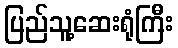
ပြည်သူ့ဆေးရုံကြီး